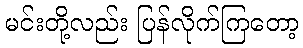
မင်းတို့လည်း ပြန်လိုက်ကြတော့